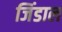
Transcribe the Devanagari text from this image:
जिंडाल